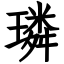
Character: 璘